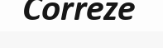
Correze